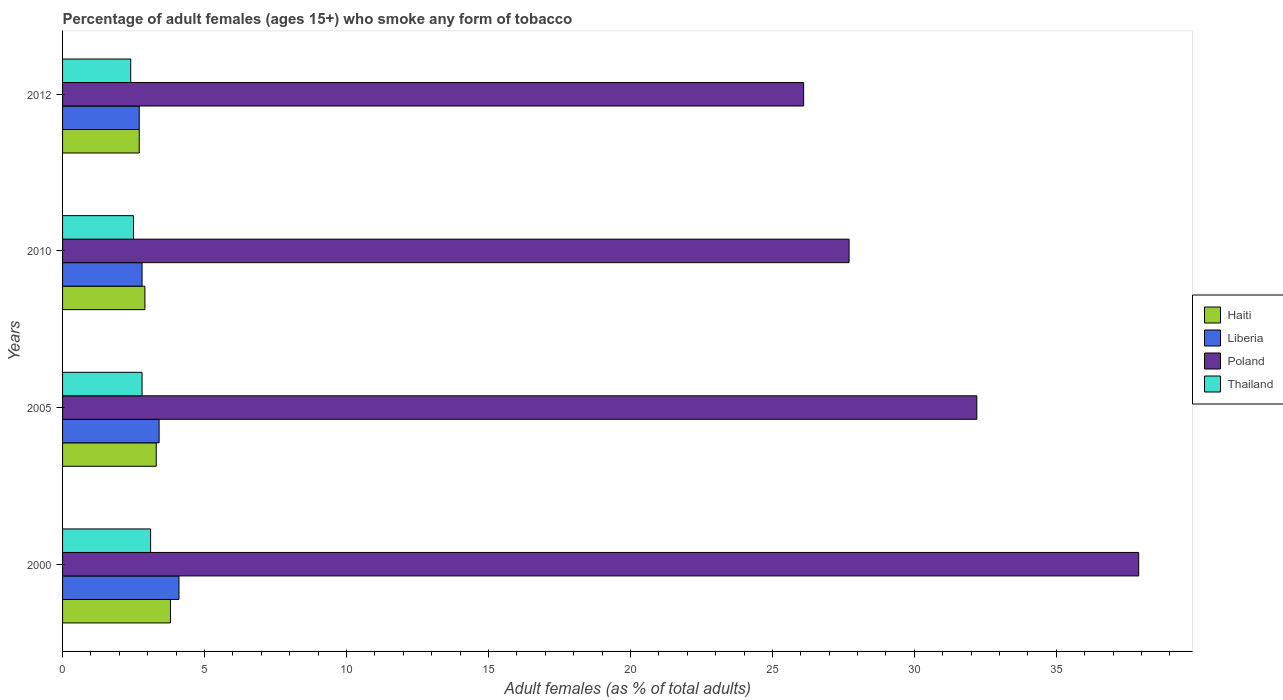
| Years | Haiti | Liberia | Poland | Thailand |
 | --- | --- | --- | --- | --- |
 | 2000 | 3.8 | 4.1 | 37.9 | 3.1 |
 | 2005 | 3.3 | 3.4 | 32.2 | 2.8 |
 | 2010 | 2.9 | 2.8 | 27.7 | 2.5 |
 | 2012 | 2.7 | 2.7 | 26.1 | 2.4 |